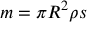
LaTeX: m = \pi R ^ { 2 } \rho s